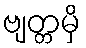
ဗျတ္တမှိ